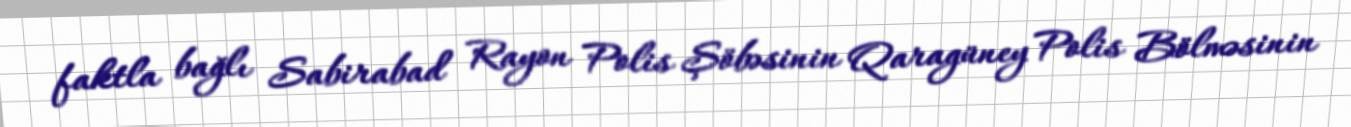
faktla bağlı Sabirabad Rayon Polis Şöbəsinin Qaragüney Polis Bölməsinin